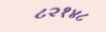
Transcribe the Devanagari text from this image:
८२१४८